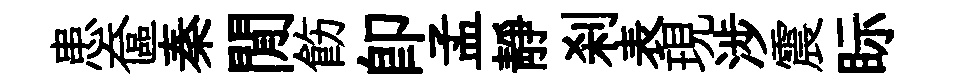
患奩秦閒飭即孟靜刹表現涉震眎